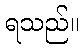
ရသည်။